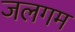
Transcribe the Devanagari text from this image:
जलगम